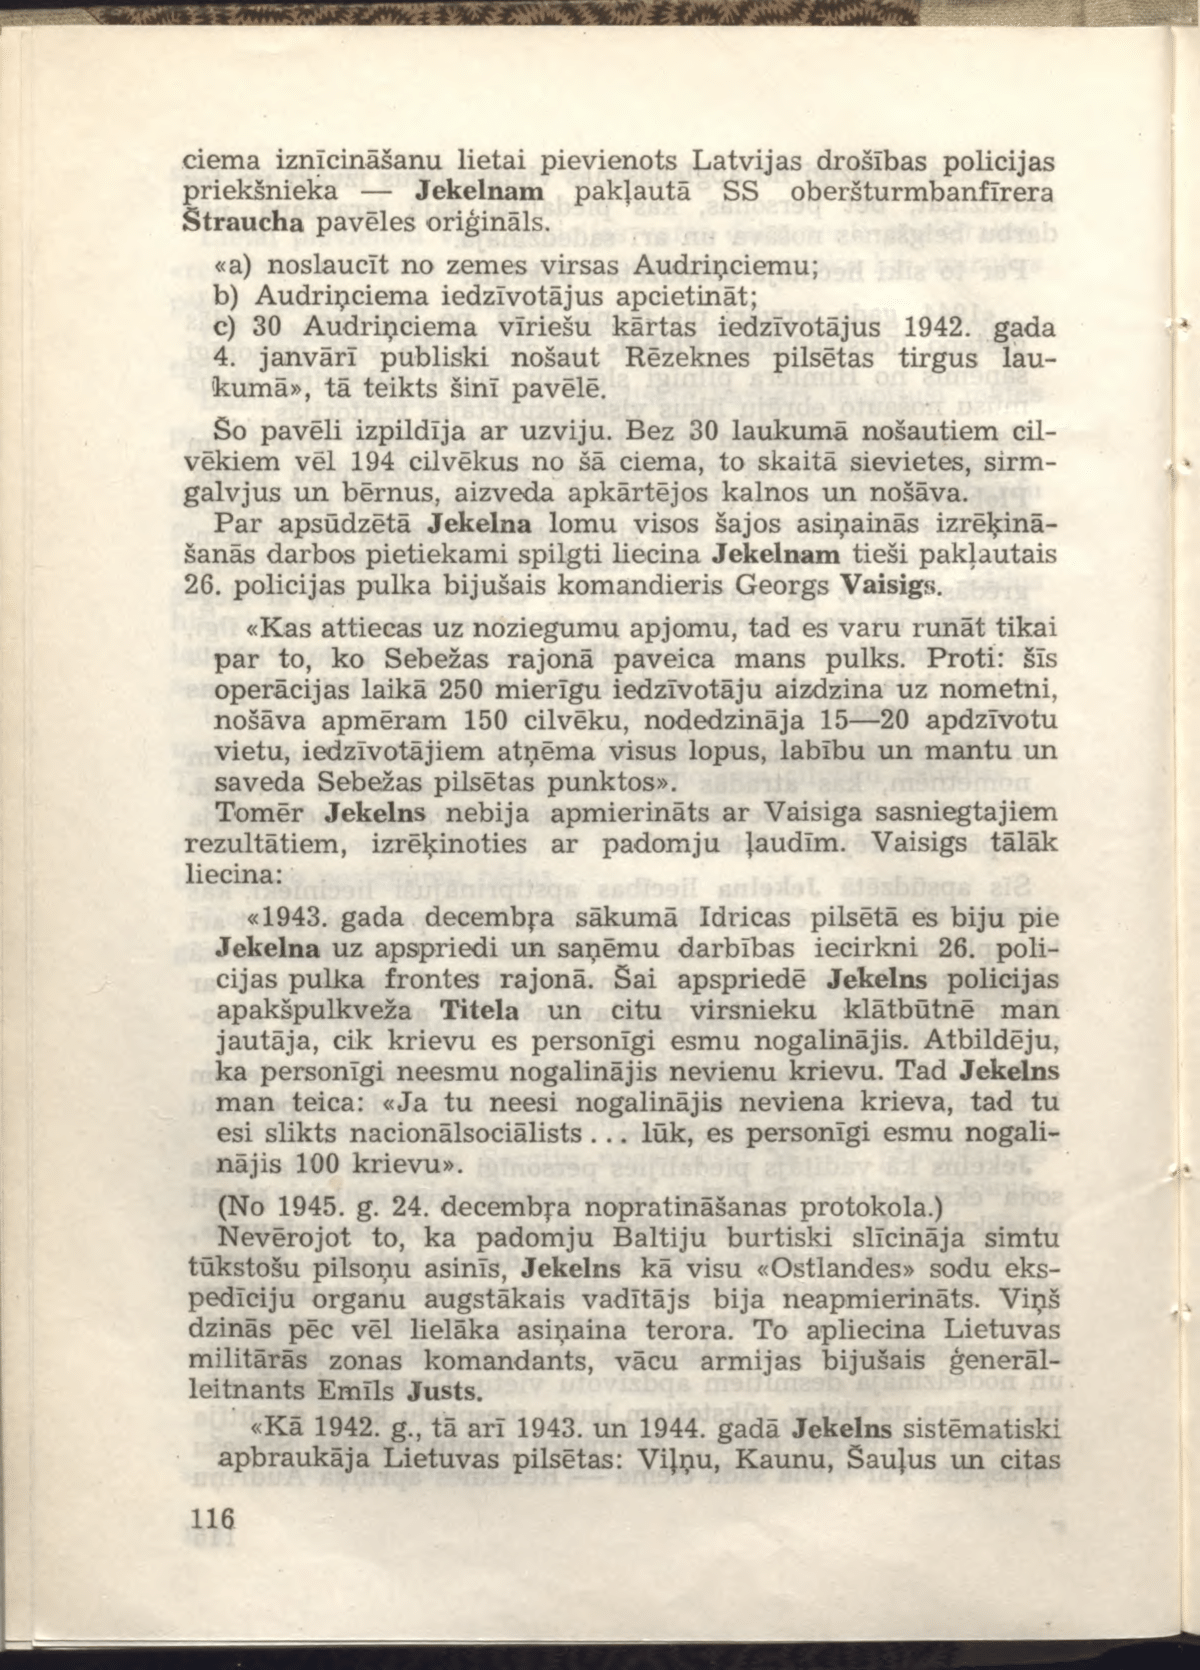
Language: lv